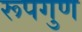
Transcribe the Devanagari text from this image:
रूपगुण